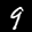
Label: 9